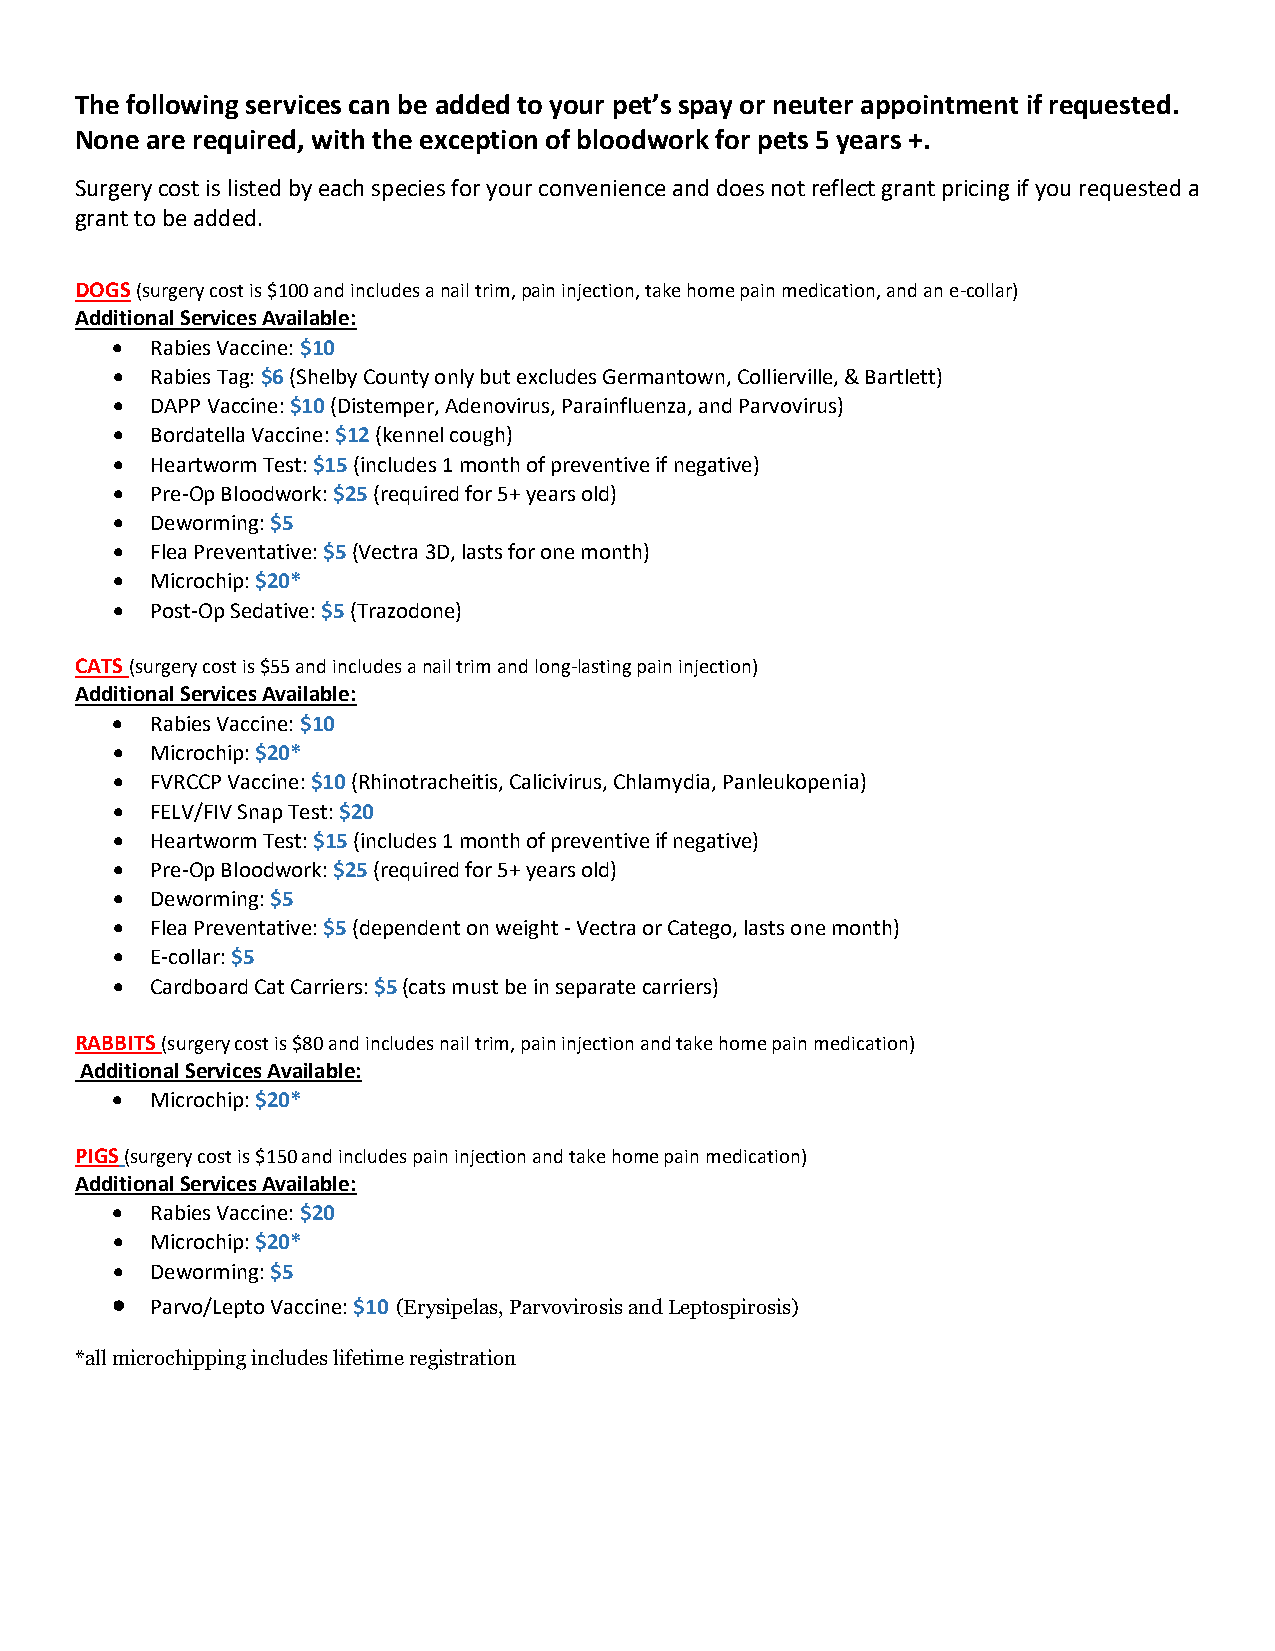
The following services can be added to your pet’s spay or neuter appointment if requested.
 None are required, with the exception of bloodwork for pets 5 years +.
 Surgery cost is listed by each species for your convenience and does not reflect grant pricing if you requested a
 grant to be added.
 DOGS (surgery cost is $100 and includes a nail trim, pain injection, take home pain medication, and an e-collar)
 Additional Services Available:
 •  Rabies Vaccine: $10
 •  Rabies Tag: $6 (Shelby County only but excludes Germantown, Collierville, & Bartlett)
 •  DAPP Vaccine: $10 (Distemper, Adenovirus, Parainfluenza, and Parvovirus)
 •  Bordatella Vaccine: $12 (kennel cough)
 •  Heartworm Test: $15 (includes 1 month of preventive if negative)
 •  Pre-Op Bloodwork: $25 (required for 5+ years old)
 •  Deworming: $5
 •  Flea Preventative: $5 (Vectra 3D, lasts for one month)
 •  Microchip: $20*
 •  Post-Op Sedative: $5 (Trazodone)
 CATS (surgery cost is $55 and includes a nail trim and long-lasting pain injection)
 Additional Services Available:
 •  Rabies Vaccine: $10
 •  Microchip: $20*
 •  FVRCCP Vaccine: $10 (Rhinotracheitis, Calicivirus, Chlamydia, Panleukopenia)
 •  FELV/FIV Snap Test: $20
 •  Heartworm Test: $15 (includes 1 month of preventive if negative)
 •  Pre-Op Bloodwork: $25 (required for 5+ years old)
 •  Deworming: $5
 •  Flea Preventative: $5 (dependent on weight - Vectra or Catego, lasts one month)
 •  E-collar: $5
 •  Cardboard Cat Carriers: $5 (cats must be in separate carriers)
 RABBITS (surgery cost is $80 and includes nail trim, pain injection and take home pain medication)
 Additional Services Available:
 •  Microchip: $20*
 PIGS (surgery cost is $150 and includes pain injection and take home pain medication)
 Additional Services Available:
 •  Rabies Vaccine: $20
 •  Microchip: $20*
 •  Deworming: $5
 •
 Parvo/Lepto Vaccine: $10 (Erysipelas, Parvovirosis and Leptospirosis)
 *all microchipping includes lifetime registration